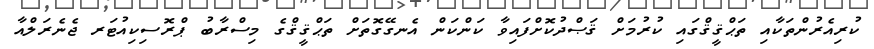
ކުރިއެރުންތަކާއި ތަޙްޤީޤްގައި ކުރުމަށް ޤަޞްދުކޮށްފައިވާ ކަންކަން އެނގޭގޮތަށް ތަޙްޤީޤްގެ މިސްރާބު ޕްރޮސިކިއުޓަރ ޖެނެރަލްއާ